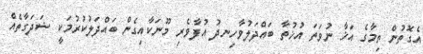
އެގޮތުން ތިމާގެ އަޚާ ނުވަތަ އުޚުތާ ބައްދަލުވާހިނދު އުފާވެރި މޫނަކާއިގެން ބައްދަލުކުރުމަކީ ޟަދަގާތެއް